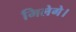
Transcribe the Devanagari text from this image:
मिलेगे।